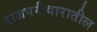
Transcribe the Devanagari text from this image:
राजपरीवारातील